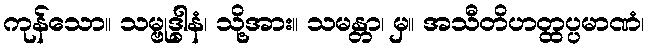
ကုန်သော။ သမ္ဗုဒ္ဓါနံ၊ သို့အား။ သမန္တာ၊ မှ။ အသီတိဟတ္ထပ္ပမာဏံ၊